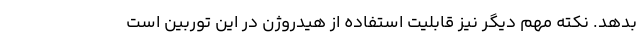
بدهد. نکته مهم دیگر نیز قابلیت استفاده از هیدروژن در این توربین است